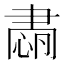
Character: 𦘡